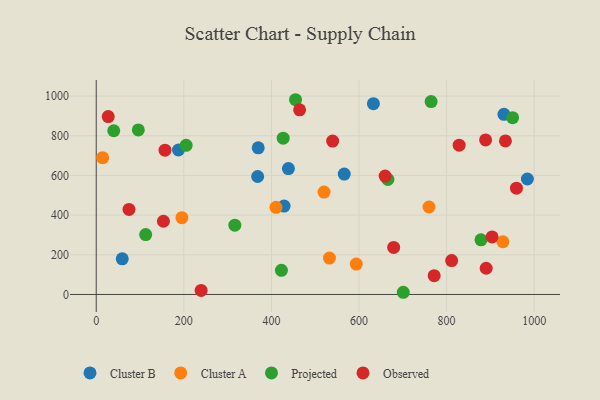
{"axis": {"x": "Distance", "y": "Salary"}, "legend": ["Cluster A", "Cluster B", "Observed", "Projected"], "data": [{"x": "984.5", "y": 582.2, "type": "Cluster B"}, {"x": "368.6", "y": 594.6, "type": "Cluster B"}, {"x": "632.9", "y": 961.8, "type": "Cluster B"}, {"x": "566.3", "y": 606.7, "type": "Cluster B"}, {"x": "369.9", "y": 739.3, "type": "Cluster B"}, {"x": "438.8", "y": 634.6, "type": "Cluster B"}, {"x": "931.0", "y": 907.9, "type": "Cluster B"}, {"x": "59.4", "y": 179.7, "type": "Cluster B"}, {"x": "429.0", "y": 445.6, "type": "Cluster B"}, {"x": "187.8", "y": 728.3, "type": "Cluster B"}, {"x": "593.8", "y": 153.0, "type": "Cluster A"}, {"x": "520.2", "y": 516.2, "type": "Cluster A"}, {"x": "928.6", "y": 265.9, "type": "Cluster A"}, {"x": "410.4", "y": 439.2, "type": "Cluster A"}, {"x": "195.6", "y": 387.1, "type": "Cluster A"}, {"x": "14.6", "y": 689.4, "type": "Cluster A"}, {"x": "532.5", "y": 183.6, "type": "Cluster A"}, {"x": "759.9", "y": 441.0, "type": "Cluster A"}, {"x": "422.9", "y": 121.5, "type": "Projected"}, {"x": "426.9", "y": 787.7, "type": "Projected"}, {"x": "316.5", "y": 349.5, "type": "Projected"}, {"x": "112.9", "y": 301.9, "type": "Projected"}, {"x": "666.0", "y": 580.0, "type": "Projected"}, {"x": "205.3", "y": 751.8, "type": "Projected"}, {"x": "950.8", "y": 891.1, "type": "Projected"}, {"x": "764.7", "y": 972.6, "type": "Projected"}, {"x": "455.1", "y": 981.7, "type": "Projected"}, {"x": "878.6", "y": 275.3, "type": "Projected"}, {"x": "96.1", "y": 829.4, "type": "Projected"}, {"x": "40.0", "y": 825.2, "type": "Projected"}, {"x": "701.1", "y": 11.1, "type": "Projected"}, {"x": "828.7", "y": 752.5, "type": "Observed"}, {"x": "74.8", "y": 428.7, "type": "Observed"}, {"x": "539.8", "y": 773.4, "type": "Observed"}, {"x": "890.4", "y": 132.2, "type": "Observed"}, {"x": "679.2", "y": 237.2, "type": "Observed"}, {"x": "153.4", "y": 369.2, "type": "Observed"}, {"x": "959.6", "y": 535.8, "type": "Observed"}, {"x": "771.7", "y": 94.9, "type": "Observed"}, {"x": "464.4", "y": 930.6, "type": "Observed"}, {"x": "934.4", "y": 774.0, "type": "Observed"}, {"x": "27.4", "y": 896.9, "type": "Observed"}, {"x": "659.7", "y": 596.6, "type": "Observed"}, {"x": "157.0", "y": 727.2, "type": "Observed"}, {"x": "889.1", "y": 779.2, "type": "Observed"}, {"x": "903.9", "y": 289.9, "type": "Observed"}, {"x": "239.5", "y": 20.5, "type": "Observed"}, {"x": "811.6", "y": 170.8, "type": "Observed"}]}